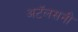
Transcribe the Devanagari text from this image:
अटॅलसनी